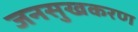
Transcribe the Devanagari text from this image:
जनसुखकरण